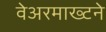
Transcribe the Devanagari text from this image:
वेअरमाख्टने